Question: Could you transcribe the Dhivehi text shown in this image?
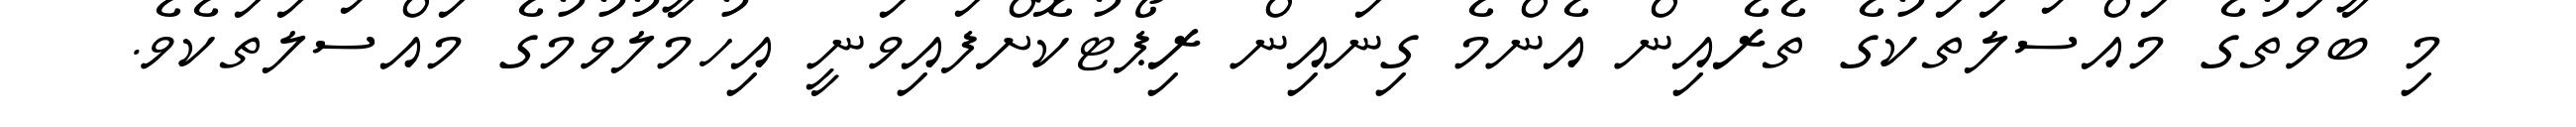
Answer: މި ބާވަތުގެ މައްސަލަތަކުގެ ތެރެއިން އެންމެ ގިނައިން ރިޕޯޓުކޮށްފައިވަނީ އިހުމާލުވުމުގެ މައްސަލަތަކެވެ.